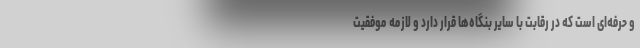
و حرفه‌ای است که در رقابت با سایر بنگاه‌ها قرار دارد و لازمه موفقیت